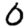
Digit: 0